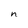
Character: n